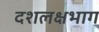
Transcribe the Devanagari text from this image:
दशलक्षभाग